Medical and sanitary report of the native army of Bengal for the year
Year: 1878
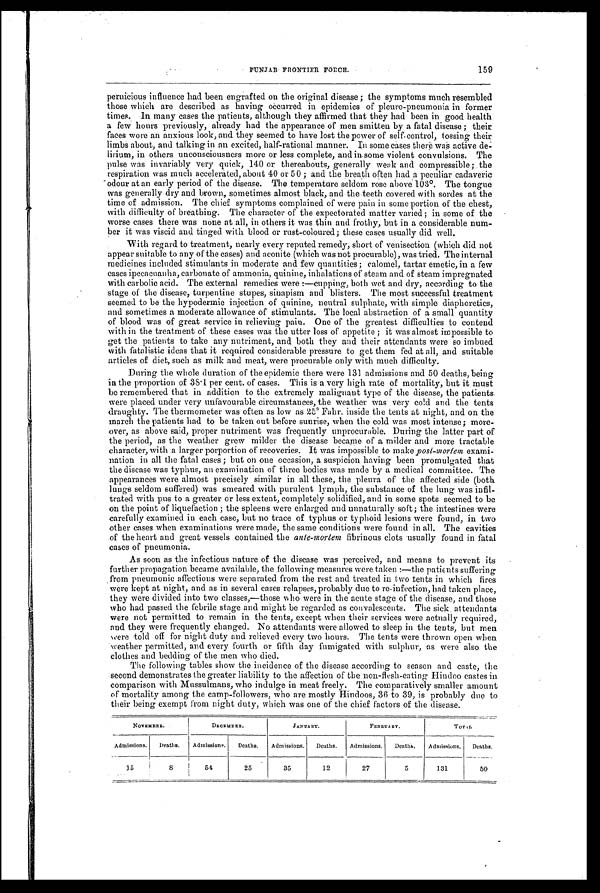
PUNJAB FRONTIER FORCE.
159
pernicious influence had been engrafted on the original disease ; the symptoms much resembled
those which are described as having occurred in epidemics of pleuro-pneumonia in former
times. In many cases the patients, although they affirmed that they had been in good health
a few hours previously, already had the appearance of men smitten by a fatal disease ; their
faces wore an anxious look, and they seemed to have lost the power of self-control, tossing their
limbs about, and talking in an excited, half-rational manner. In some cases there was active de
- l i r i u m , i n o t h e r s u n c o n s c i o u s n e s s m o r e o r l e s s c o m p l e t e , a n d i n s o m . e v i o l e n t c o n v u l s i o n s . T h e
pulse was invariably very quick, 140 or thereabouts, generally weak and compressible; the
respiration was much accelerated, about 40 or 50 ; and the breath often had a peculiar cadaveric
odour at an early period of the disease. The temperature seldom rose above 103°. The tongue
was generally dry and brown, sometimes almost black, and the teeth covered with sordes at the
time of admission. The chief symptoms complained of were pain in some portion of the chest,
with difficulty of breathing. The character of the expectorated matter varied ; in some of the
worse cases there was none at all, in others it was thin and frothy, but in a considerable num-
ber it was viscid and tinged with blood or rust-coloured; these cases usually did well.
With regard to treatment, nearly every reputed remedy, short of venisection (which did not
appear suitable to any of the cases) and aconite (which was not procurable), was tried. The internal
medicines included stimulants in moderate and few quantities; calomel, tartar emetic, in a few
cases ipecacuanha, carbonate of ammonia, quinine, inhalations of steam and of steam impregnated
with carbolic acid. The external remedies were :—cupping, both wet and dry, according to the
stage of the disease, turpentine stupes, sinapism and blisters. The most successful treatment
seemed to be the hypodermic injection of quinine, neutral sulphate, with simple diaphoretics,
and sometimes a moderate allowance of stimulants. The local abstraction of a small quantity
of blood was of great service in relieving pain. One of the greatest difficulties to contend
with in the treatment of these cases was the utter loss of appetite ; it was almost impossible to
get the patients to take any nutriment, and both they and their attendants were so imbued
with fatalistic ideas that it required considerable pressure to get them fed at all, and suitable
articles of diet, such as milk and meat, were procurable only with much difficulty.
During the whole duration of the epidemic there were 131 admissions and 50 deaths, being
in the proportion of 38.1 per cent. of cases. This is a very high rate of mortality, but it must
be remembered that in addition to the extremely malignant type of the disease, the patients.
were placed under very unfavourable circumstances, the weather was very cold and the tents
draughty. The thermometer was often as low as 25° Fahr. inside the tents at night, and on the
march the patients had to be taken out before sunrise, when the cold was most intense; more-
over, as above said, proper nutriment was frequently unprocurable. During the latter part of
the period, as the weather grew milder the disease became of a milder and more tractable
character, with a larger porportion of recoveries. It was impossible to make post-mortem exami-
nation in all the fatal cases ; but on one occasion, a suspicion having been promulgated that
the disease was typhus, an examination of three bodies was made by a medical committee. The
appearances Were almost precisely similar in all these, the pleura of the affected side (both
lungs seldom suffered) was smeared with purulent lymph, the substance of the lung was infil-
trated with pus to a greater or less extent, completely solidified, and in some spots seemed to be
on the point of liquefaction ; the spleens were enlarged and unnaturally soft; the intestines were
carefully examined in each case, but no trace of typhus or typhoid lesions were found, in two
o t h e r c a s e s w h e n e x a m i n a t i o n s w e r e m a d e , t h e s a m e c o n d i t i o n s w e r e f o u n d i n a l l . T h e c a v i t i e s
of the heart and great vessels contained the ante-mortem fibrinous clots usually found in fatal
cases of pneumonia.
As soon as the infectious nature of the disease was perceived, and means to prevent its
further propagation became available, the following measures were taken :—the patients suffering
from pneumonic affections were separated from the rest and treated in two tents in which fires
were kept at night, and as in several cases relapses, probably due to re-infection, had taken place,
they were divided into two classes,—those who were in the acute stage of the disease, and those
who had passed the febrile stage and might be regarded as convalescents. The sick attendants
were not permitted to remain in the tents, except when their services were actually required,
and they were frequently changed. No attendants were allowed to sleep in the tents, but men
were told off for night duty and relieved every two hours. The tents were thrown open when
weather permitted, and every fourth or fifth day fumigated with sulphur, as were also the
clothes and bedding of the men who died.
The following tables show the incidence of the disease according to season and caste, the
second demonstrates the greater liability to the affection of the non-flesh-eating Hindoo castes in
comparison with Mussulmans, who indulge in meat freely. The comparatively smaller amount
of mortality among the camp-followers, who are mostly Hindoos, 36 to 39, is probably due to
their being exempt from night duty, which was one of the chief factors of the disease.
NOVEMBER.
DECEMBER.
JANUARY.
FEBRUARY.
TOTAL
Admissions.
Deaths.
Admissions.
Deaths.
Admissions. Deaths.
Admissions.
Deaths.
Admissions. Deaths.
15
8
54
25
35
12
27
5
131
50